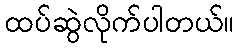
ထပ်ဆွဲလိုက်ပါတယ်။